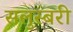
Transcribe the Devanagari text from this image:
सलुस्बरी